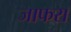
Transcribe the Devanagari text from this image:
जाफरा